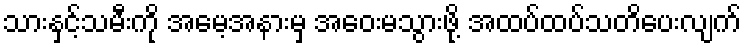
သားနှင့်သမီးကို အမေ့အနားမှ အဝေးမသွားဖို့ အထပ်ထပ်သတိပေးလျက်